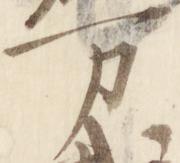
万